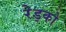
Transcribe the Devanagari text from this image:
रेड्को